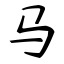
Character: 马